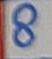
Text: 8